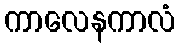
ကာလေနကာလံ